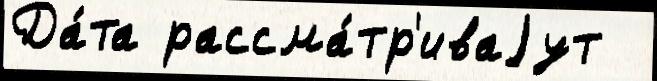
Да́та рассма́тр'иваjут